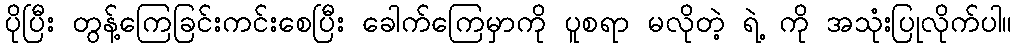
ပိုပြီး တွန့်ကြေခြင်းကင်းစေပြီး ခေါက်ကြေမှာကို ပူစရာ မလိုတဲ့ ရဲ့ ကို အသုံးပြုလိုက်ပါ။